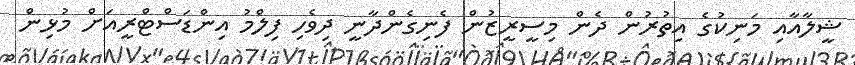
ޝީލާއާއި މަނިކުގެ އިތުރުން ދެން މިސީރީޒުން ފެނިގެންދާނީ ދިވެހި ފިލްމު އިންޑަސްޓްރީއަށް މުޅިން